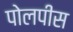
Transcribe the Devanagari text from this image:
पोलपीस